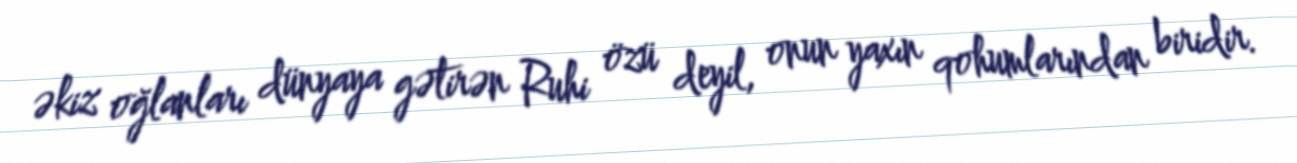
əkiz oğlanları dünyaya gətirən Ruhi özü deyil, onun yaxın qohumlarından biridir.